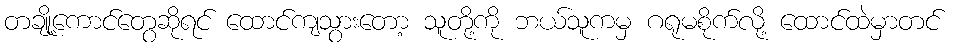
တချို့ကောင်တွေဆိုရင် ထောင်ကျသွားတော့ သူတို့ကို ဘယ်သူကမှ ဂရုမစိုက်လို့ ထောင်ထဲမှာတင်